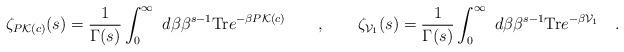
LaTeX: \begin{align*}\zeta_{P{\cal K}(c)}(s)=\frac{1}{\Gamma (s)}\int_0^\infty\ d\beta\beta^{s-1}{\rm Tr}e^{-\beta P{\cal K}(c)}\qquad , \qquad\zeta_{{\cal V}_1}(s)=\frac{1}{\Gamma (s)}\int_0^\infty\ d\beta\beta^{s-1}{\rm Tr}e^{-\beta {\cal V}_1}\quad .\end{align*}